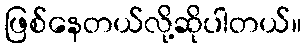
ဖြစ်နေတယ်လို့ဆိုပါတယ်။